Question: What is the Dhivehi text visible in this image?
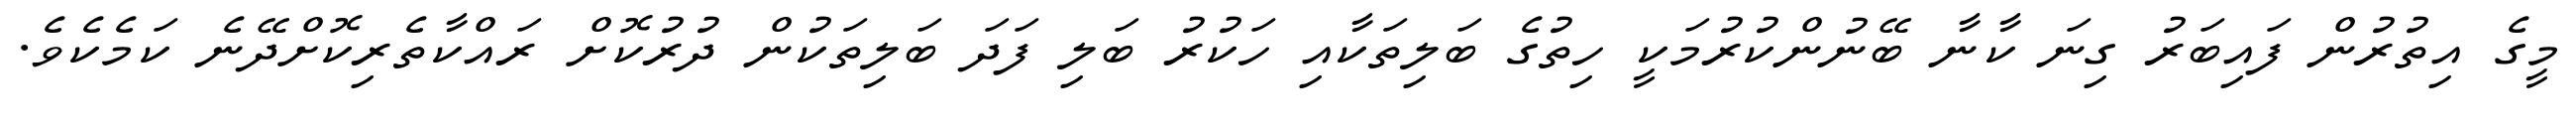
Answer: މީގެ އިތުރުން ފައިބަރު ގިނަ ކާނާ ބޭނުންކުރުމަކީ ހިތުގެ ބަލިތަކާއި ހަކުރު ބަލި ފަދަ ބަލިތަކުން ދުރުކޮށް ރައްކާތެރިކޮށްދޭނެ ކަމެކެވެ.